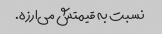
نسبت به قیمتش می‌ارزه.